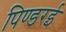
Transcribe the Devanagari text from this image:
पिण्डरई